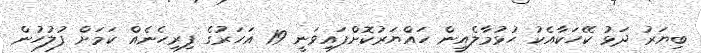
ބިޔަރު ދަޅު ކޭހަކާއެކު ހުޅުމާލެއިން ހައްޔަރުކޮށްފައިވަނީ 19 އަހަރުގެ ފިރިހެނެއް ކަމަށް ފުލުހުން